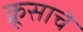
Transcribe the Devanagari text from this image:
क्रूसाचे